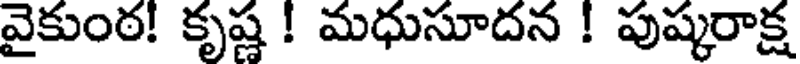
వైకుంఠ! కృష్ణ ! మధుసూదన ! పుష్కరాక్ష